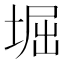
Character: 堀